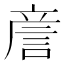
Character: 𧧑